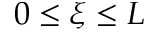
0 \le \xi \le L